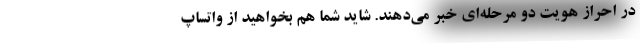
در احراز هویت دو مرحله‌ای خبر می‌دهند. شاید شما هم بخواهید از واتساپ